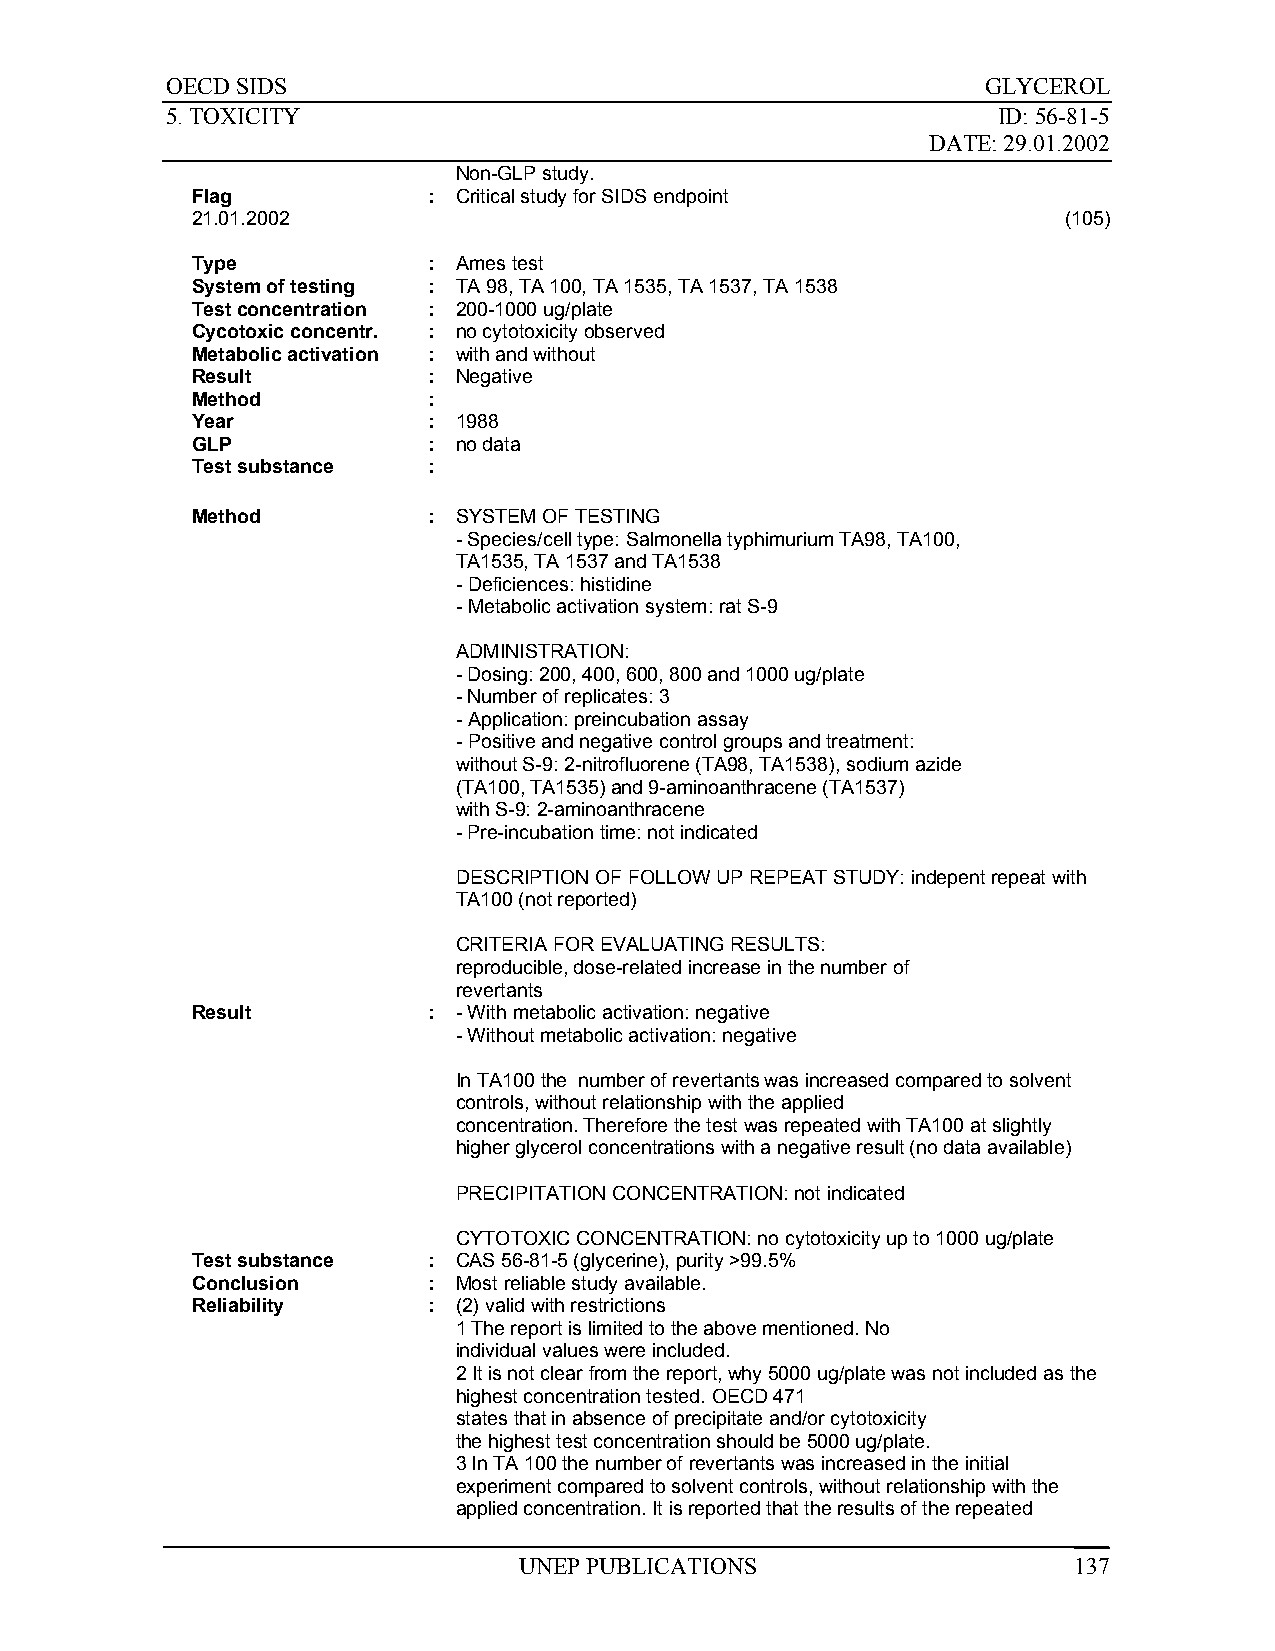
OECD SIDS                                             GLYCEROL
 5. TOXICITY                                            ID: 56-81-5
 DATE: 29.01.2002
 Non-GLP study.
 Flag           : Critical study for SIDS endpoint
 21.01.2002                                               (105)
 Type           : Ames test
 System of testing : TA 98, TA 100, TA 1535, TA 1537, TA 1538
 Test concentration : 200-1000 ug/plate
 Cycotoxic concentr. : no cytotoxicity observed
 Metabolic activation : with and without
 Result         : Negative
 Method         :
 Year           : 1988
 GLP            : no data
 Test substance :
 Method         : SYSTEM OF TESTING
 - Species/cell type: Salmonella typhimurium TA98, TA100,
 TA1535, TA 1537 and TA1538
 - Deficiences: histidine
 - Metabolic activation system: rat S-9
 ADMINISTRATION:
 - Dosing: 200, 400, 600, 800 and 1000 ug/plate
 - Number of replicates: 3
 - Application: preincubation assay
 - Positive and negative control groups and treatment:
 without S-9: 2-nitrofluorene (TA98, TA1538), sodium azide
 (TA100, TA1535) and 9-aminoanthracene (TA1537)
 with S-9: 2-aminoanthracene
 - Pre-incubation time: not indicated
 DESCRIPTION OF FOLLOW UP REPEAT STUDY: indepent repeat with
 TA100 (not reported)
 CRITERIA FOR EVALUATING RESULTS:
 reproducible, dose-related increase in the number of
 revertants
 Result         : - With metabolic activation: negative
 - Without metabolic activation: negative
 In TA100 the number of revertants was increased compared to solvent
 controls, without relationship with the applied
 concentration. Therefore the test was repeated with TA100 at slightly
 higher glycerol concentrations with a negative result (no data available)
 PRECIPITATION CONCENTRATION: not indicated
 CYTOTOXIC CONCENTRATION: no cytotoxicity up to 1000 ug/plate
 Test substance : CAS 56-81-5 (glycerine), purity >99.5%
 Conclusion     : Most reliable study available.
 Reliability    : (2) valid with restrictions
 1 The report is limited to the above mentioned. No
 individual values were included.
 2 It is not clear from the report, why 5000 ug/plate was not included as the
 highest concentration tested. OECD 471
 states that in absence of precipitate and/or cytotoxicity
 the highest test concentration should be 5000 ug/plate.
 3 In TA 100 the number of revertants was increased in the initial
 experiment compared to solvent controls, without relationship with the
 applied concentration. It is reported that the results of the repeated
 UNEP PUBLICATIONS                    137